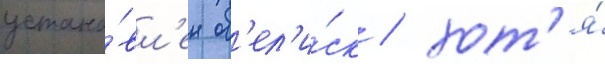
устано́вл'ен об'ел'и́ск / хот'я́